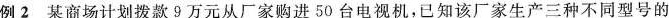
例2 某商场计划拨款9万元从厂家购进50台电视机，已知该厂家生产三种不同型号的